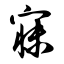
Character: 寐